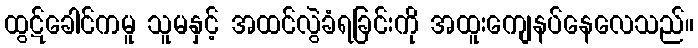
ထွဋ်ခေါင်ကမူ သူမနှင့် အထင်လွဲခံရခြင်းကို အထူးကျေနပ်နေလေသည်။